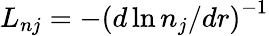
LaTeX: L_{nj}=-\left(d\ln n_{j}/dr\right)^{-1}